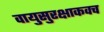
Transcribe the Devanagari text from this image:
वायुसुरक्षाकवच